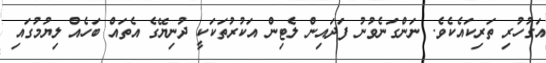
އަގުހުރި ތަރިކައެކެވެ. ނަންގަނެވުނު ފަދައިން ލެޓިން އަކުރުތަކަކީ ދުނިޔޭގެ އެތައް ބަހެއް ލިޔުމުގައި